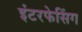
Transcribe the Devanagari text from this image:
इंटरफेसिंग